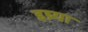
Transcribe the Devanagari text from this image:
इष्र्या